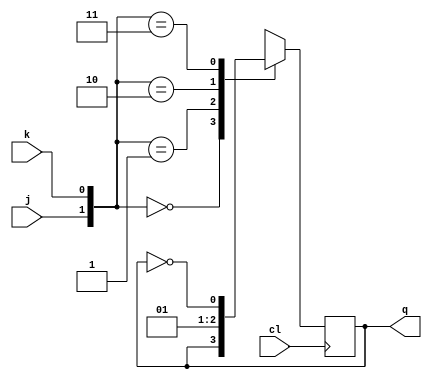
module jkff(j,k,q,cl);
input j,k,cl;
output q;

reg q;
always@(posedge cl)
	case({j,k})
	
	2'b00: begin q<=q; end
	2'b01: begin q<=1'b0; end
	2'b10: begin q<=1'b1; end
	2'b11: begin q<=(~q); end
	endcase
endmodule